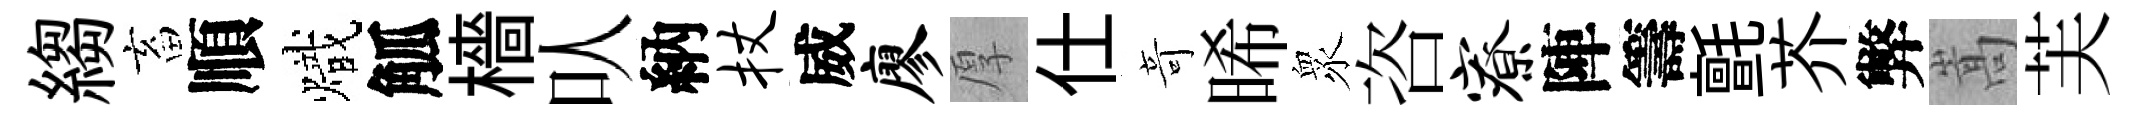
縐畜順熾觚檣㕥納杖威廖厚仕竒晞衆咨寮陣籌氈芥弊嵩芙